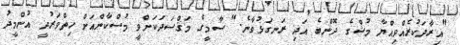
"އިރާދަކުރެއްވިއްޔާ މުޝްގެ ދޮންބެ އަދި ރަނގަޅުވާނެ." ސާމީގެ މަޤްސަދަކަށްވީ މުސްކާންއަށް ހިތްވަރުދީ އުންމީދު